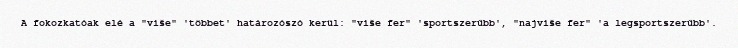
A fokozkatóak elé a "više" 'többet' határozószó kerül: "više fer" 'sportszerűbb', "najviše fer" 'a legsportszerűbb'.